Document type: Emphyteutic lease
Year: 1473
Scribe: [Unknown]
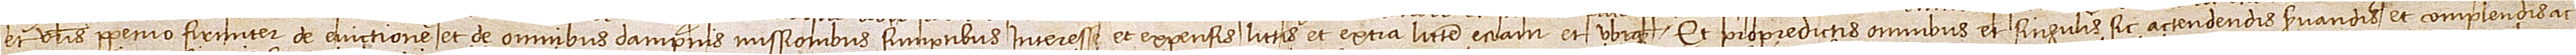
et vestris perpetuo firmiter de evictione et de omnibus dampnis, missionibus, sumptibus, interesse et expensis, littis et extra littem etiam et ubique. Et pro predictis omnibus et singulis esic actendendis, servandis et complendis ac